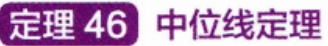
定理 46  中位线定理